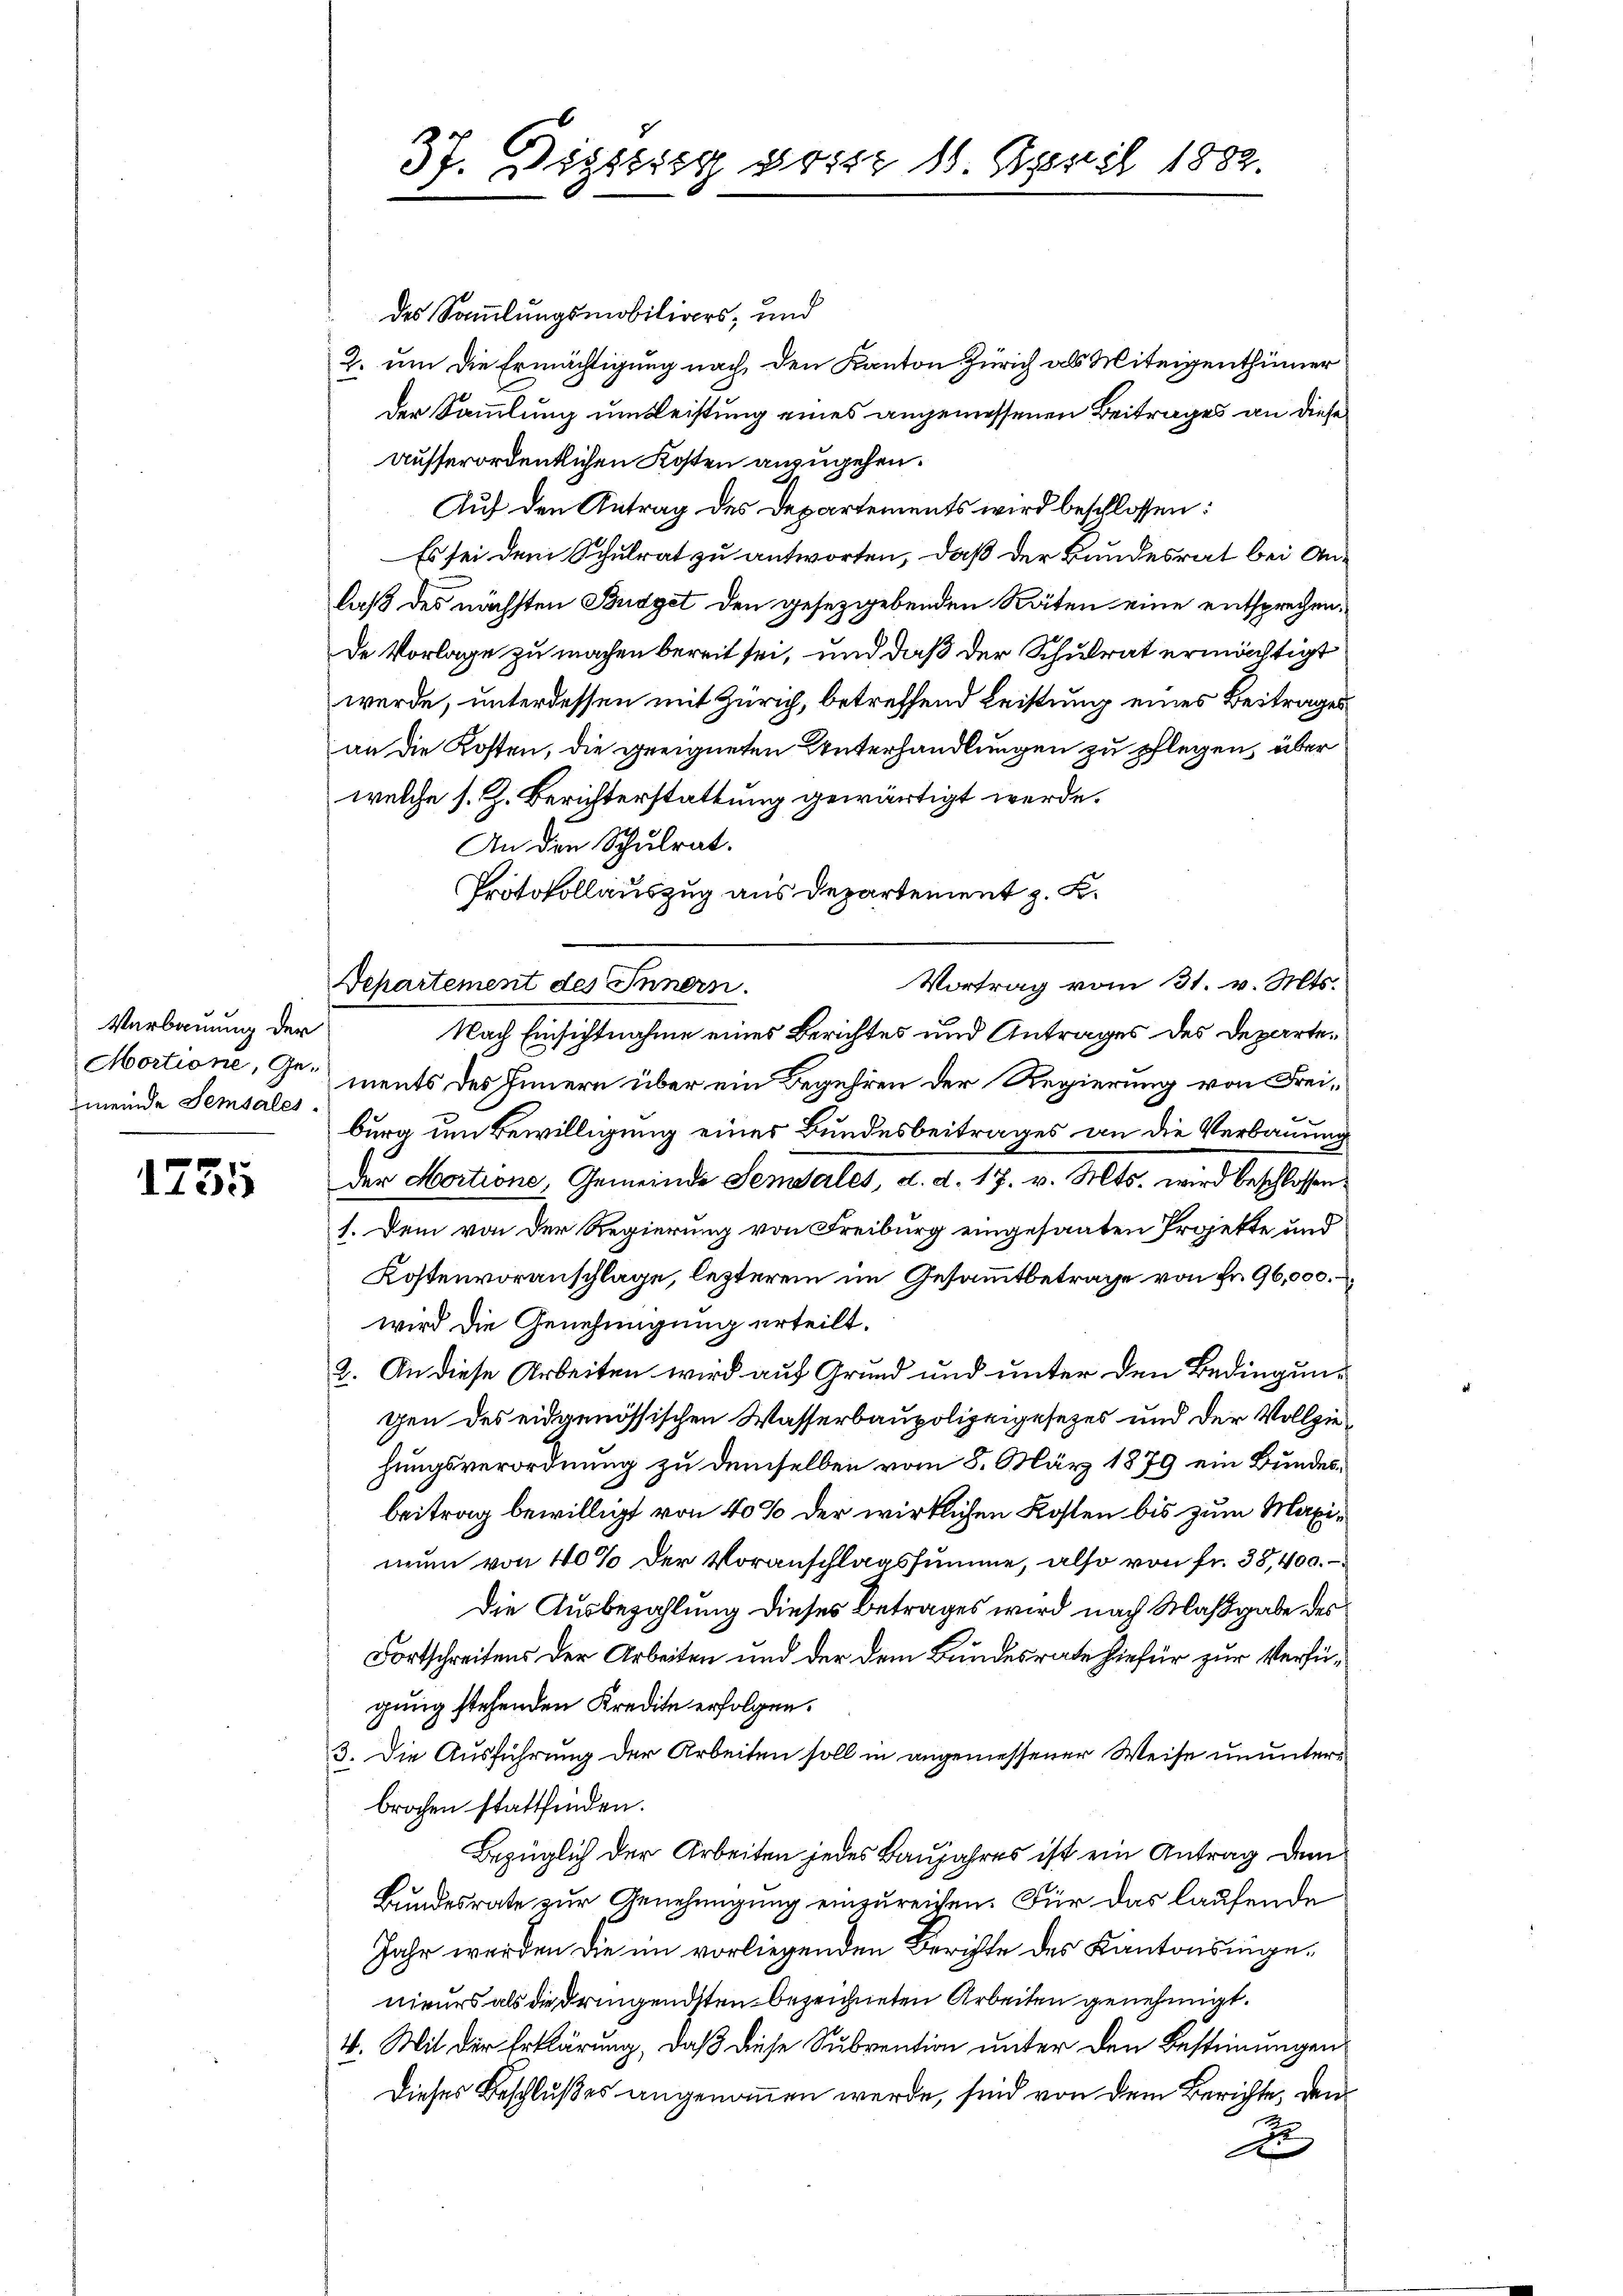
Verbauung der
meinde Semsales

1735

37. Dissessi possz 10. April 1882.

des Sammlungsmobiliars, und
2. um die Ermächtigung nach den Kanton Zürich als Miteigenthümer
der Sammlung um Leistung eines angemessenen Beitrages an diese
ausserordentlichen Kosten anzugehen.
Auf den Antrag des Departements wird beschlossen:
Es sei dem Schulrat zu antworten, daß der Bundesrat bei Anlaß des nächsten Budget den gesetzgebenden Räten eine entsprechen,
de Vorlage zu machen bereit sei, und daß der Schulrat ermächtigt
werde, unterdessen mit Zürich, betreffend Leistung eines Beitrages
an die Kosten, die geeigneten Unterhandlungen zu pflegen, über
welche s. Z. Berichterstattung gewärtigt werde.
An die Schulrat.
Protokollauszug aus Departement z. B.
Vortrag vom 31. v. Mts.
Departement des Innern.
Nach Einsichtnahme eines Berichtes und Antrages des Departe¬
Mortione, Ge- ments des Innern über ein Begehren der Regierung von Freiburg um Bewilligung eines Bundesbeitrages an die Verbauung
der Hortione, Gemeinde Sensales, d. d. 17. v. Mts. wird beschlossen:
1. Dem von der Regierung von Freiburg eingesanten Projette und
Kostenvoranschlage, lezterem im Gesammtbetrage von Fr. 96,000.
wird die Genehmigung erteilt.
2. An diese Arbeiten wird auf Grund und unter den Bedingungen des eidgenössischen Wasserbaupolizeigesetzes und der Vollziehungsverordnung zu demselben vom 8. März 1879 ein Bundesbeitrag bewilligt von 40% der wirklichen Kosten bis zum Maximum von 40% der Voranschlagssumme, also von fr. 38, 400.
Die Ausbezahlung dieses Betrages wird nach Maßgabe des
Fortschreitens der Arbeiten und der dem Bundesrate hiefür zur Verfügung stehenden Kredite erfolgen.
3. Die Ausführung der Arbeiten soll in angemessener Weise ununterbrochen stattfinden.
Bezüglich der Arbeiten jedes Baŭjahres ist ein Antrag dem
Bundesrate zur Genehmigung einzureichen. Für das laufende
Jahr werden die im vorliegenden Berichte des Kantonsingenieurs als die dringendsten bezeichneten Arbeiten genehmigt.
4. Mit der Erklärung, daß diese Subvention unter den Bestimmungen
Dieses Beschlußes angenommen werde, sind von dem Berichte, den
s
t
A